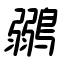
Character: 鶸